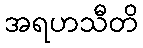
အရဟသီတိ